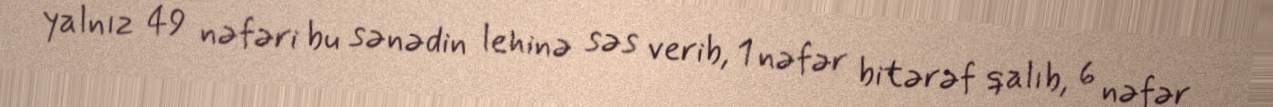
yalnız 49 nəfəri bu sənədin lehinə səs verib, 1 nəfər bitərəf qalıb, 6 nəfər